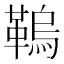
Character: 𩌗